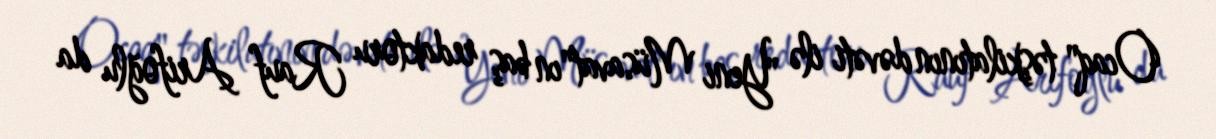
Ocaq" təşkilatının dəvəti ilə "Yeni Müsavat"ın baş redaktoru Rauf Arifoğlu da